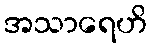
အသာရေဟိ